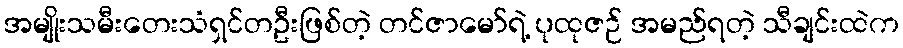
အမျိုးသမီးတေးသံရှင်တဦးဖြစ်တဲ့ တင်ဇာမော်ရဲ့ ပုထုဇဉ် အမည်ရတဲ့ သီချင်းထဲက